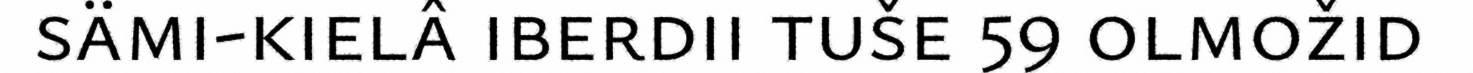
sämi-kielâ iberdii tuše 59 olmožid